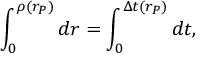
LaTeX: \int _ { 0 } ^ { \rho ( r _ { P } ) } d r = \int _ { 0 } ^ { \Delta t ( r _ { P } ) } d t ,